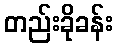
တည်းခိုခန်း